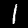
Label: 1